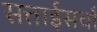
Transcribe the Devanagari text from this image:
सत्ताईसवाँ